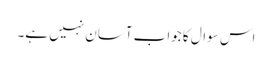
اس سوال کا جواب آسان نہیں ہے۔